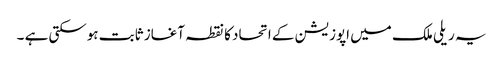
یہ ریلی ملک میں اپوزیشن کے اتحاد کا نقطہ آغاز ثابت ہوسکتی ہے ۔